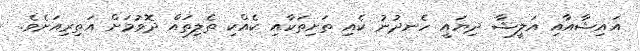
އައިޝާއާއި އަލީޝާ ދިޔައީ ހެނދުނު ކެއި ތަށިތަކާއި ކެއްކި ތެލިތައް ދޮވުމަށް އަތިރިއަށެވެ.